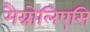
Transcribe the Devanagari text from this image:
मैग्नोलिएसि